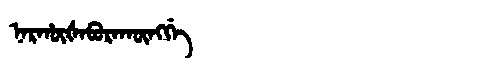
Manchu: ᠨᠠᡵᡥᡡᡧᠠᠪᡠᡵᠠᡴᡡᠩᡤᡝ
Romanization: NARHŪŠABURAKŪNGGE